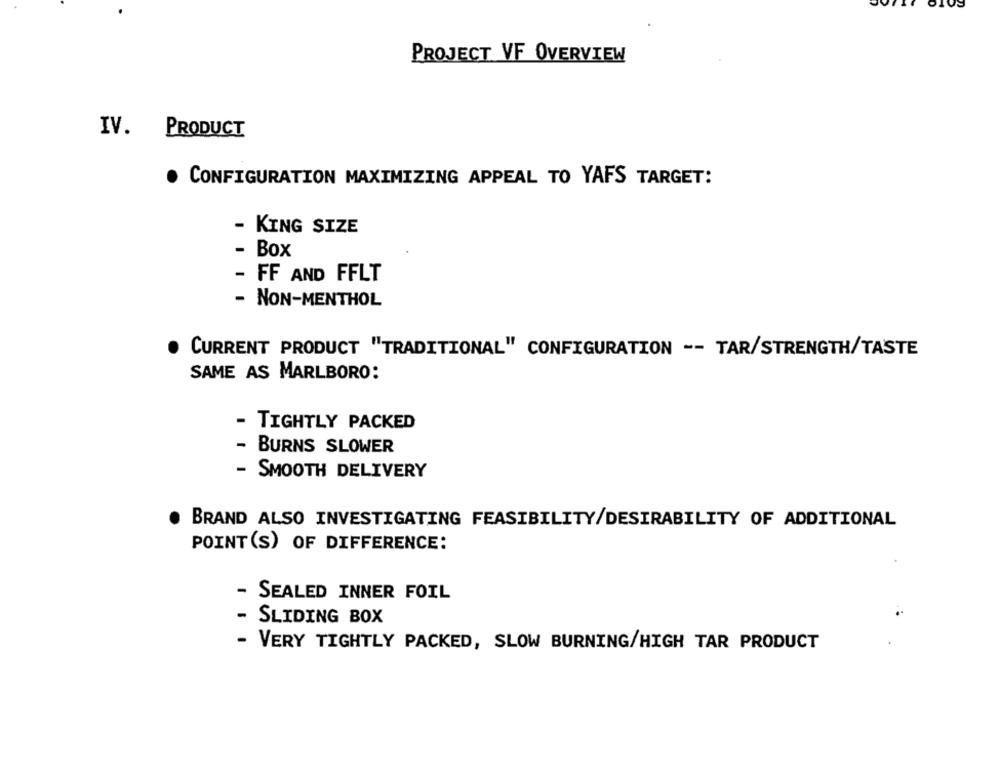
PROJECT VF OVERVIEW
IV. PRODUCT
. CONFIGURATION MAXIMIZING APPEAL TO YAFS TARGET:
- KING SIZE
- Box
- FF AND FFLT
- NON-MENTHOL
CURRENT PRODUCT "TRADITIONAL" CONFIGURATION -- TAR/STRENGTH/TASTE
SAME AS MARLBORO:
- TIGHTLY PACKED
- BURNS SLOWER
- SMOOTH DELIVERY
BRAND ALSO INVESTIGATING FEASIBILITY/DESIRABILITY OF ADDITIONAL
POINT(S) OF DIFFERENCE:
- SEALED INNER FOIL
- SLIDING BOX
- VERY TIGHTLY PACKED, SLOW BURNING/HIGH TAR PRODUCT